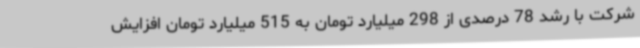
شرکت با رشد 78 درصدی از 298 میلیارد تومان به 515 میلیارد تومان افزایش